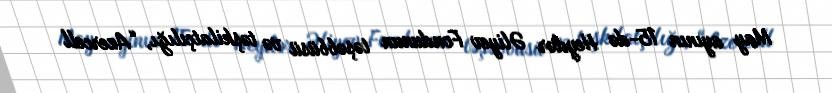
May ayının 15-də Heydər Əliyev Fondunun təşəbbüsü və təşkilatçılığı, “Azercell